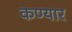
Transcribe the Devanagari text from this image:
कण्यार